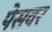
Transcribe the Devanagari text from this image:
पेसवर